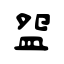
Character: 盌